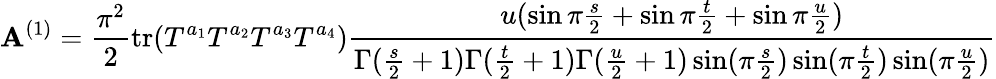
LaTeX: \mathbf{A}^{(1)}={\frac{{\pi^{2}}}{{2}}}\mathrm{{tr}}(T^{a_{1}}T^{a_{2}}T^{a_{3}}T^{a_{4}}){\frac{{u(\sin\pi{\frac{{s}}{{2}}}+\sin\pi{\frac{{t}}{{2}}}+\sin\pi{\frac{{u}}{{2}}})}}{{\Gamma({\frac{{s}}{{2}}}+1)\Gamma({\frac{{t}}{{2}}}+1)\Gamma({\frac{{u}}{{2}}}+1)\sin(\pi{\frac{{s}}{{2}}})\sin(\pi{\frac{{t}}{{2}}})\sin(\pi{\frac{{u}}{{2}}})}}}